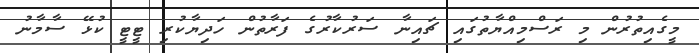
މީގެއިތުރުން މި ރަސްމިއްޔާތުގައި ޗައިނާ ސަރުކާރުގެ ފަރާތުން ހަދިޔާކުރި ޓީޓީ ކުޅޭ ސާމާނު